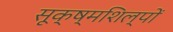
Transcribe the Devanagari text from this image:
सूक्ष्मशिल्पों